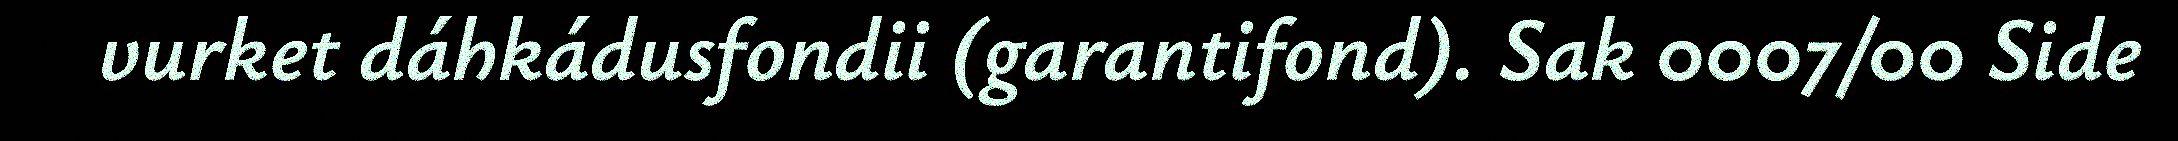
vurket dáhkádusfondii (garantifond). Sak 0007/00 Side